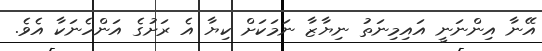
އޭނާ އިންނަނީ އައިމިނަތު ނިޔާޒާ ނަމަކަށް ކިޔާ އެ ރަށުގެ އަންހެނަކާ އެވެ.